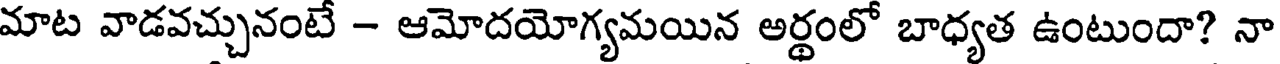
మాట వాడవచ్చునంటే - ఆమోదయోగ్యమయిన అర్థంలో బాధ్యత ఉంటుందా? నా